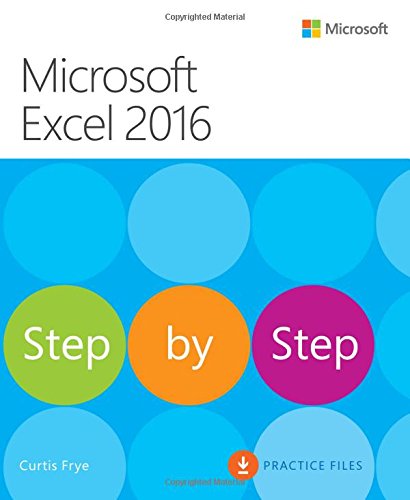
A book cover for Microsoft Excel 2016 Step by Step; Curtis Frye; Computers & Technology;